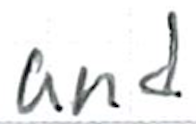
Text: and
Cross-out: clean
Writing tool: ballpoint